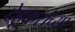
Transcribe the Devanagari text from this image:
देहूकरांच्या